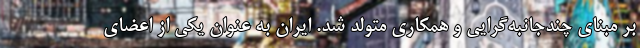
بر مبنای چندجانبه‌گرایی و همکاری متولد شد. ایران به عنوان یکی از اعضای